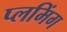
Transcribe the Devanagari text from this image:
प्लमिंग